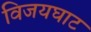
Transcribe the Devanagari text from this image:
विजयघाट